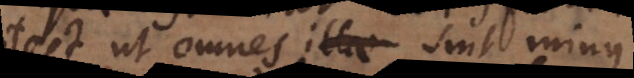
potest ut omnes sint minus